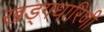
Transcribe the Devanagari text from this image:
खड्गधारिणी